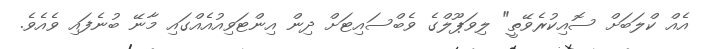
އެއް ކްލަބަށް ސޮއިކުރެވޭތީ" ލިވަޕޫލްގެ ވެބްސައިޓަށް ދިން އިންޓަވިއުއެއްގައި މާނޭ ބުނެފައި ވެއެވެ.